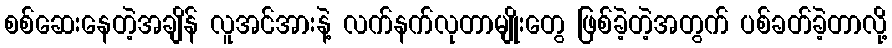
စစ်ဆေးနေတဲ့အချိန် လူအင်အားနဲ့ လက်နက်လုတာမျိုးတွေ ဖြစ်ခဲ့တဲ့အတွက် ပစ်ခတ်ခဲ့တာလို့